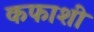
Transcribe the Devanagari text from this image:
कफाशी